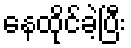
နေထိုင်ခဲ့ပြီး